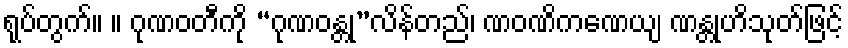
ရုပ်တွက်။ ။ ဂုဏဝတီကို “ဂုဏဝန္တု”လိန်တည်၊ ဏဝဏိကဏေယျ ဏန္တုဟိသုတ်ဖြင့်